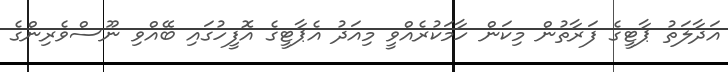
އަދާލަތު ޕާޓީގެ ފަރާތުން މިކަން ހާމަކުރެއްވީ މިއަދު އެޕާޓީގެ އޮފީހުގައި ބޭއްވި ނޫސްވެރިންގެ